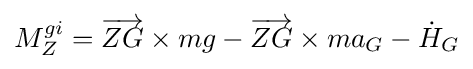
M_{Z}^{gi}={\overrightarrow {ZG}}\times mg-{\overrightarrow {ZG}}\times ma_{G}-{\dot {H}}_{G}